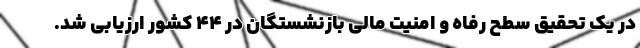
در یک تحقیق سطح رفاه و امنیت مالی بازنشستگان در 44 کشور ارزیابی شد.